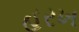
હરખ